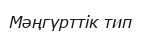
Мәңгүрттік тип